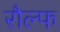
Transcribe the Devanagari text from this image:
रौल्फ